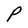
Character: P